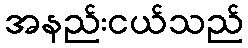
အနည်းငယ်သည်